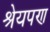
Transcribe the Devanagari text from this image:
श्रेयपण